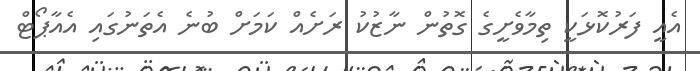
އެއީ ފަރުކޮޅަކީ ތިމާވެށީގެ ގޮތުން ނާޒުކު ރަށެއް ކަމަށް ބުނެ އެތަނުގައި އެއާޕޯޓް